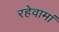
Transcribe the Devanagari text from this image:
रहेवामां